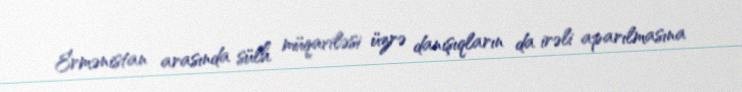
Ermənistan arasında sülh müqaviləsi üzrə danışıqların da irəli aparılmasına